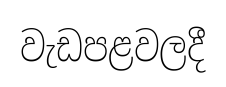
වැඩපළවලදී